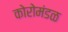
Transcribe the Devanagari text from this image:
कोरोमंडळ